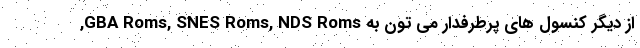
از دیگر کنسول های پرطرفدار می تون به GBA Roms, SNES Roms, NDS Roms,